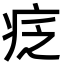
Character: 疺